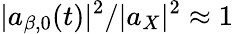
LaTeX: |a_{\beta,0}(t)|^{2}/|a_{X}|^{2}\approx 1